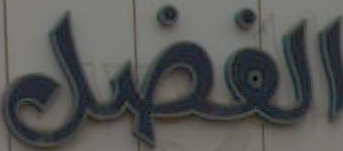
الفضل